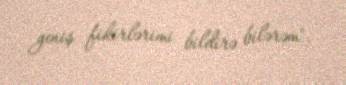
geniş fikirlərimi bildirə bilərəm".